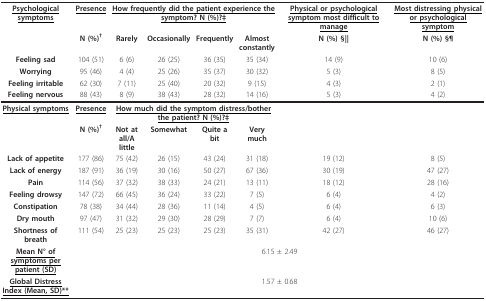
<table><thead><tr><td><b><underline>Psychological symptoms</underline></b></td><td><b><underline>Presence</underline></b></td><td colspan="4"><b><underline>How frequently did the patient experience the symptom? N (%)?‡</underline></b></td><td><b><underline>Physical or psychological symptom most difficult to manage</underline></b></td><td><b><underline>Most distressing physical or psychological symptom</underline></b></td></tr><tr><td></td><td><b>N (%)<sup>†</sup></b></td><td><b>Rarely</b></td><td><b>Occasionally</b></td><td><b>Frequently</b></td><td><b>Almost constantly</b></td><td><b>N (%) §||</b></td><td><b>N (%) §¶</b></td></tr><tr><td><b>Feeling sad</b></td><td><b>104 (51)</b></td><td><b>6 (6)</b></td><td><b>26 (25)</b></td><td><b>36 (35)</b></td><td><b>35 (34)</b></td><td><b>14 (9)</b></td><td><b>10 (6)</b></td></tr><tr><td><b>Worrying</b></td><td><b>95 (46)</b></td><td><b>4 (4)</b></td><td><b>25 (26)</b></td><td><b>35 (37)</b></td><td><b>30 (32)</b></td><td><b>5 (3)</b></td><td><b>8 (5)</b></td></tr><tr><td><b>Feeling irritable</b></td><td><b>62 (30)</b></td><td><b>7 (11)</b></td><td><b>25 (40)</b></td><td><b>20 (32)</b></td><td><b>9 (15)</b></td><td><b>4 (3)</b></td><td><b>2 (1)</b></td></tr><tr><td><b>Feeling nervous</b></td><td><b>88 (43)</b></td><td><b>8 (9)</b></td><td><b>38 (43)</b></td><td><b>28 (32)</b></td><td><b>14 (16)</b></td><td><b>5 (3)</b></td><td><b>4 (2)</b></td></tr></thead><tbody><tr><td><underline><b>Physical symptoms</b></underline></td><td><underline><b>Presence</b></underline></td><td colspan="4"><underline><b>How much did the symptom distress/bother the patient? N (%)?‡</b></underline></td><td></td><td></td></tr><tr><td></td><td><b>N (%)<sup>†</sup></b></td><td><b>Not at all/A little</b></td><td><b>Somewhat</b></td><td><b>Quite a bit</b></td><td><b>Very much</b></td><td></td><td></td></tr><tr><td><b>Lack of appetite</b></td><td>177 (86)</td><td>75 (42)</td><td>26 (15)</td><td>43 (24)</td><td>31 (18)</td><td>19 (12)</td><td>8 (5)</td></tr><tr><td><b>Lack of energy</b></td><td>187 (91)</td><td>36 (19)</td><td>30 (16)</td><td>50 (27)</td><td>67 (36)</td><td>30 (19)</td><td>47 (27)</td></tr><tr><td><b>Pain</b></td><td>114 (56)</td><td>37 (32)</td><td>38 (33)</td><td>24 (21)</td><td>13 (11)</td><td>18 (12)</td><td>28 (16)</td></tr><tr><td><b>Feeling drowsy</b></td><td>147 (72)</td><td>66 (45)</td><td>36 (24)</td><td>33 (22)</td><td>7 (5)</td><td>6 (4)</td><td>4 (2)</td></tr><tr><td><b>Constipation</b></td><td>78 (38)</td><td>34 (44)</td><td>28 (36)</td><td>11 (14)</td><td>4 (5)</td><td>6 (4)</td><td>6 (3)</td></tr><tr><td><b>Dry mouth</b></td><td>97 (47)</td><td>31 (32)</td><td>29 (30)</td><td>28 (29)</td><td>7 (7)</td><td>6 (4)</td><td>10 (6)</td></tr><tr><td><b>Shortness of breath</b></td><td>111 (54)</td><td>25 (23)</td><td>25 (23)</td><td>25 (23)</td><td>35 (31)</td><td>42 (27)</td><td>46 (27)</td></tr><tr><td><underline><b>Mean N° of symptoms per patient (SD)</b></underline></td><td colspan="7">6.15 ± 2.49</td></tr><tr><td><underline><b>Global Distress Index (Mean, SD)**</b></underline></td><td colspan="7">1.57 ± 0.68</td></tr></tbody></table>